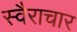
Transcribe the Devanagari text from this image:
स्वैराचार